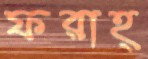
ফরাহ্